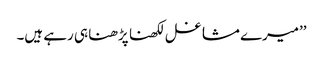
’’میرے مشاغل لکھنا پڑھنا ہی رہے ہیں۔